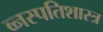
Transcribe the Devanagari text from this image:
व्नस्पतिशास्त्र